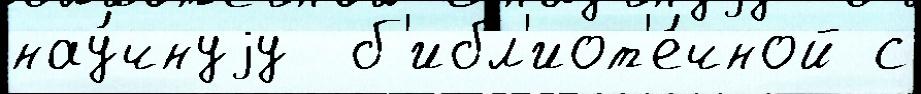
нау́чнуjу  б'ибл'иот'е́чной с